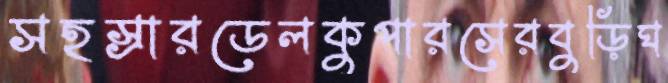
সহস্রারডেলকুপারসেরবুড়িঘ